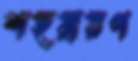
শহরায়ণ